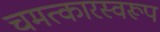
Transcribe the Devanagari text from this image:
चमत्‍कारस्‍वरूप